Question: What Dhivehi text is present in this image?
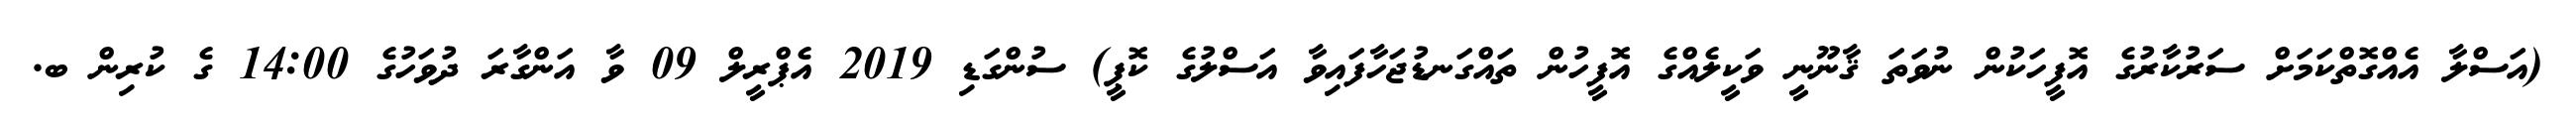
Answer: (އަސްލާ އެއްގޮތްކަމަށް ސަރުކާރުގެ އޮފީހަކުން ނުވަތަ ޤާނޫނީ ވަކީލެއްގެ އޮފީހުން ތައްގަނޑުޖަހާފައިވާ އަސްލުގެ ކޮޕީ) ސުންގަޑި 2019 އެޕްރީލް 09 ވާ އަންގާރަ ދުވަހުގެ 14:00 ގެ ކުރިން ބ.